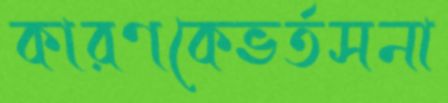
কারণকেভর্তসনা